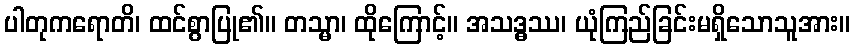
ပါတုကရောတိ၊ ထင်စွာပြု၏။ တသ္မာ၊ ထိုကြောင့်။ အသဒ္ဓဿ၊ ယုံကြည်ခြင်းမရှိသောသူအား။